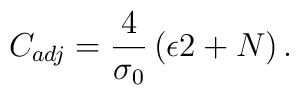
C_{adj} = \frac{4}{\sigma_{0}} \left( \epsilon 2 + N \right).